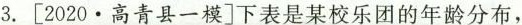
3.[2020 \cdot 高青县一模]下表是某校乐团的年龄分布，